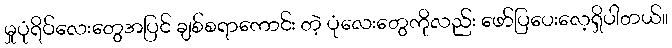
မှုပုံရိပ်လေးတွေအပြင် ချစ်စရာကောင်း တဲ့ ပုံလေးတွေကိုလည်း ဖော်ပြပေးလေ့ရှိပါတယ်။